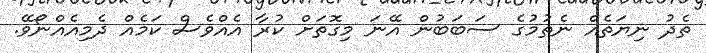
ތެދު ނިޔަތެއް ނެތުމުގެ ސަބަބުން އޭނަ މިގޮތަށް ކުރާ އެއްވެސް ކަމެއް ދެމިއެއްނޯވޭ.